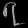
Digit: ၇